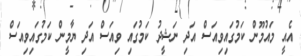
އެއީ މައުމޫން ކަމުގައިވިއަސް އަދި ނަޝީދު ކަމުގައި ވިއަސް އަދި ޔާމީން ކަމުގައިވިއަސް